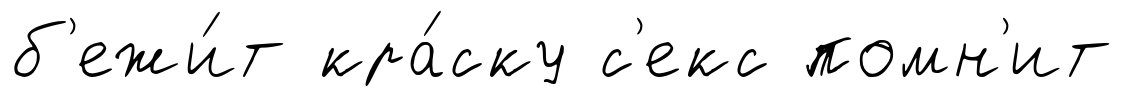
б'ежи́т кра́ску с'екс помн'ит